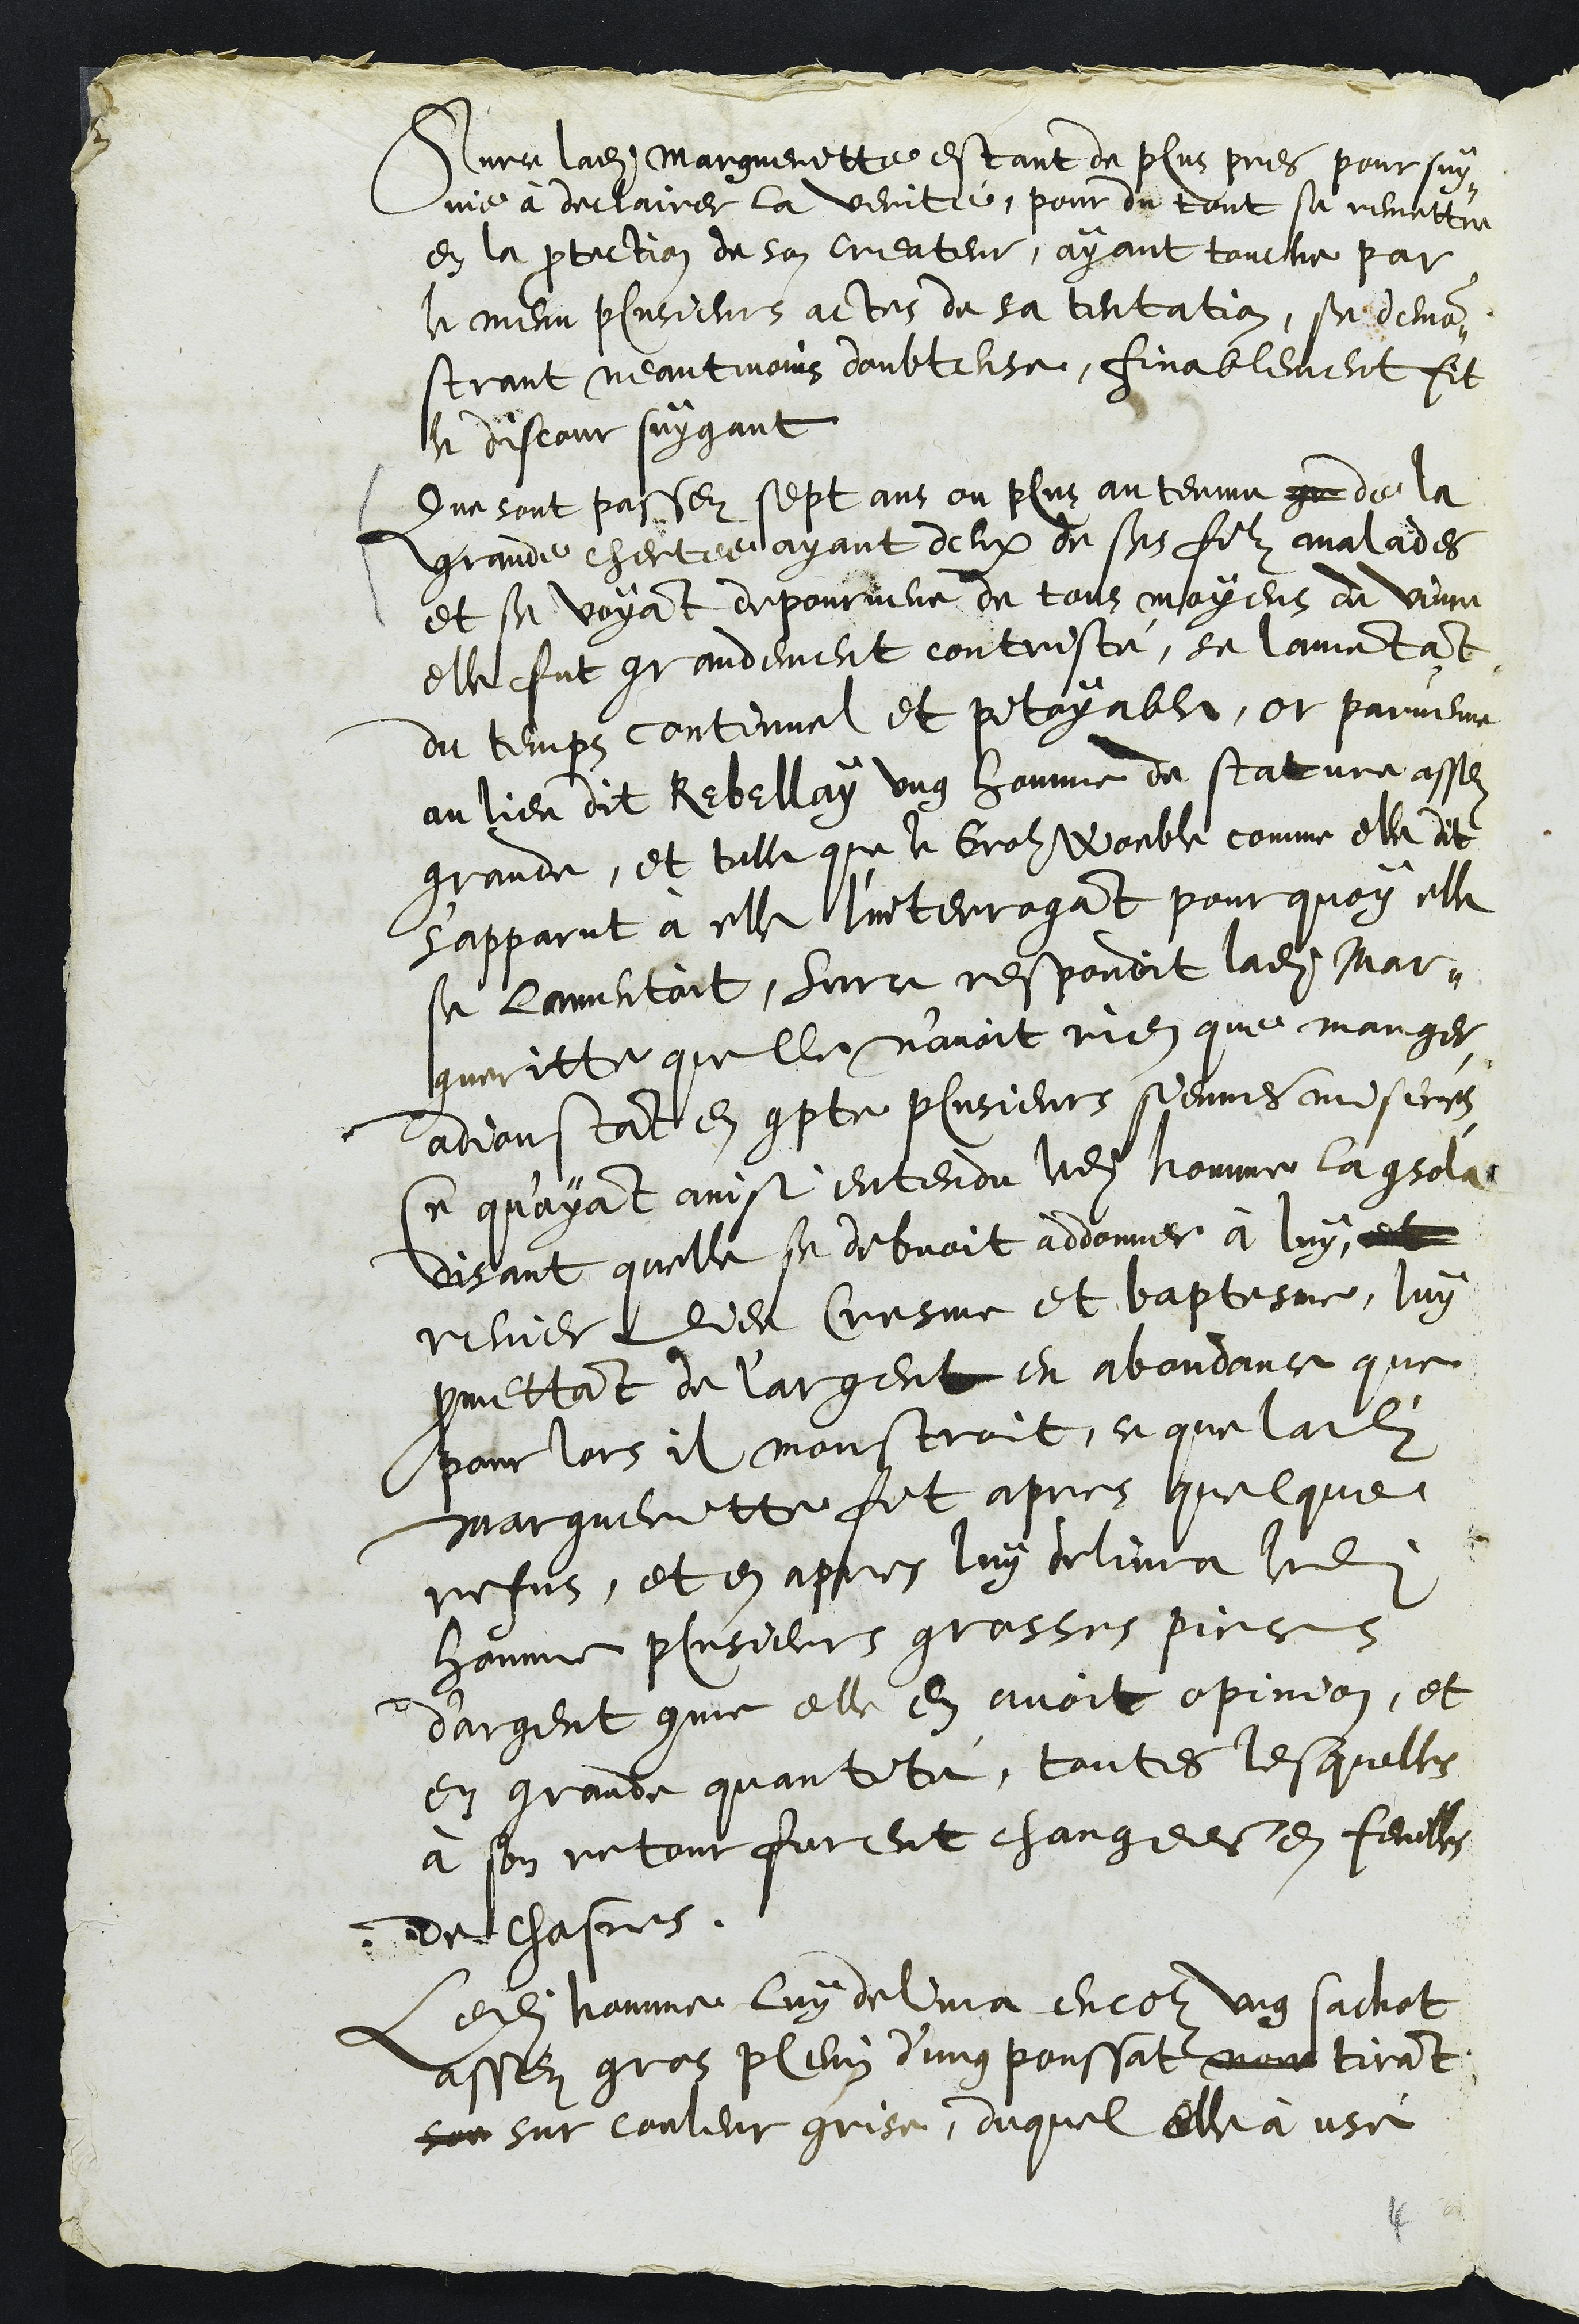
Surce ladite Margueritte estant du plus pres poursuy¬
vie à declairer la verite, pour du tout se remettre
en la protection de son Createur, ayant touclie par
le menu plusieurs actes de sa tentation, se demon¬
strant neantmoins doubteuse, finablement fit
le discour suygant
Que sont passez sept ans ou plus au terme ge de la
grande chertee ayant deux de ses filz malades
et se voyant depourveue de tous moyens de vivre
elle fut grandement contristé, se lamentant
du temps continuel et pitoyable, or parvenue
au lieu dit Rebellay ung homme de stature assez
grande, et telle que le Groz Woeble comme elle dit
s'apparut à elle l'interrogant pour quoy elle
se lamentoit, surce respondit ladite Mar¬
guerrite quelle n'avoit rien que manger
adjoustant en compte plusieurs siennes miseres
Ce qu'ayant ainsi entendu ledit homme la consolat
disant quelle se debvoit addonner à luy et
renier Dieu Cresme et baptesme, luy
promettant de l'argent en abondance que
pour lors il monstroit, ce que ladite
Margueritte fit apres quelque
refus, et en apres luy delivra ledit
homme plusieurs grosses pieces
d'argent comme elle en avoit opinion, et
en grande quantité, toutes lesquelles
à son retour furent changees en feuilles
de chasnes.
Ledit homme luy delivra encor ung sachot
assez gros plein d'ung poussat noir tirant
son sur couleur grise, duquel elle à usé